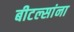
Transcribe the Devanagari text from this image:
बीटल्सांना